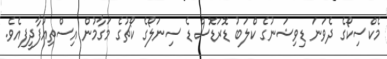
މެކްސިކޯގެ ދެވަނަ ޑިވިޝަނުގެ ކްލަބު ޑޮރަޑޮސް ޑެ ސިނަލޯގެ ކޯޗުގެ މަގާމުން އިސްތިއުފާދީފިއެވެ.